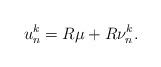
LaTeX: \begin{align*}u_n^k=R\mu+R\nu_n^k.\end{align*}